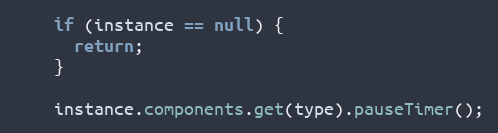
Language: Java
    if (instance == null) {
      return;
    }

    instance.components.get(type).pauseTimer();